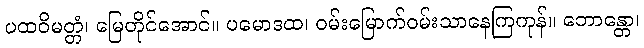
ပထဝိမတ္တံ၊ မြေတိုင်အောင်။ ပမောဒထ၊ ဝမ်းမြောက်ဝမ်းသာနေကြကုန်။ ဘောန္တော၊